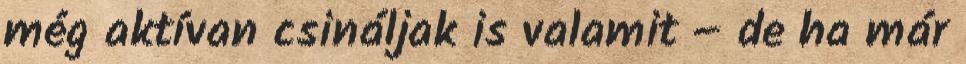
még aktívan csináljak is valamit – de ha már